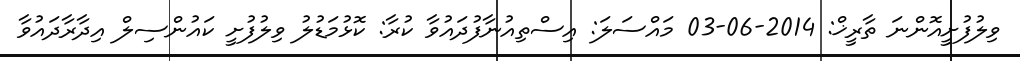
ވިލުފުށީއޮންނަ ތާރީޚް: 2014-06-03 މައްސަލަ: އިސްތިއުނާފުދައުވާ ކުރާ: ކޮޅުމަޑުލު ވިލުފުށީ ކައުންސިލް އިދާރާދައުވާ